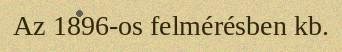
Az 1896-os felmérésben kb.